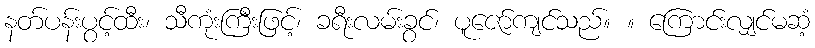
နတ်ပန်းပွင့်ထီး၊ သီကုံးကြီးဖြင့်၊ ခရီးလမ်းခွင်၊ ပူဇော်ကျင်သည်။ ။ ကြောင်းလျှင်မဆံ့